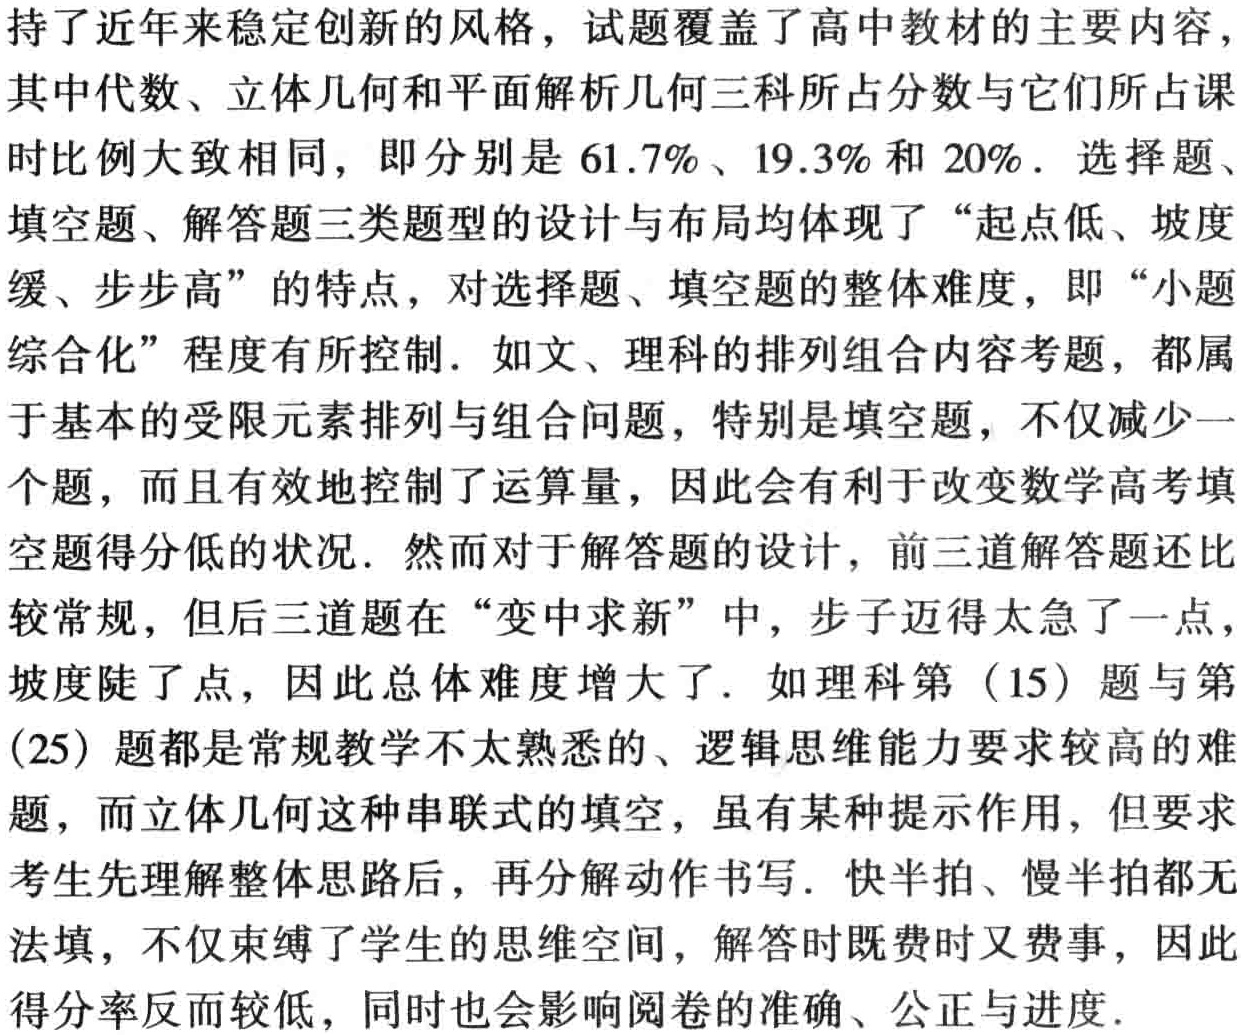
持了近年来稳定创新的风格，试题覆盖了高中教材的主要内容，其中代数、立体几何和平面解析几何三科所占分数与它们所占课时比例大致相同，即分别是 \(61.7\%\)、\(19.3\%\) 和 \(20\%\)．选择题、填空题、解答题三类题型的设计与布局均体现了 “起点低、坡度缓、步步高” 的特点，对选择题、填空题的整体难度，即 “小题综合化” 程度有所控制．如文、理科的排列组合内容考题，都属于基本的受限元素排列与组合问题，特别是填空题，不仅减少一个题，而且有效地控制了运算量，因此会有利于改变数学高考填空题得分低的状况．然而对于解答题的设计，前三道解答题还比较常规，但后三道题在 “变中求新” 中，步子迈得太急了一点，坡度陡了点，因此总体难度增大了．如理科第（15）题与第（25）题都是常规教学不太熟悉的、逻辑思维能力要求较高的难题，而立体几何这种串联式的填空，虽有某种提示作用，但要求考生先理解整体思路后，再分解动作书写．快半拍、慢半拍都无法填，不仅束缚了学生的思维空间，解答时既费时又费事，因此得分率反而较低，同时也会影响阅卷的准确、公正与进度．